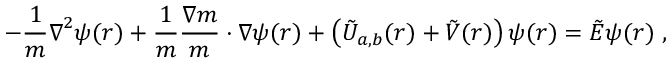
- \frac { 1 } { m } { \boldsymbol { \nabla } } ^ { 2 } \psi ( \boldsymbol { r } ) + \frac { 1 } { m } \frac { \boldsymbol { \nabla } m } { m } \cdot \boldsymbol { \nabla } \psi ( \boldsymbol { r } ) + \left( \tilde { U } _ { a , b } ( \boldsymbol { r } ) + \tilde { V } ( \boldsymbol { r } ) \right) \psi ( \boldsymbol { r } ) = \tilde { E } \psi ( \boldsymbol { r } ) \; ,